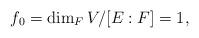
LaTeX: \begin{align*} f_0=\dim_F V /[E:F]=1,\end{align*}